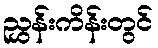
ညွှန်းကိန်းတွင်